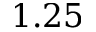
1 . 2 5